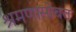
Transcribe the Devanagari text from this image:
श्रमणासोबत